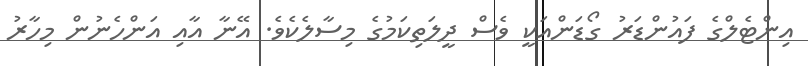
އިންޓެލްގެ ފައުންޑަރު ގޯޑަންއަކީ ވެސް ދީލަތިކަމުގެ މިސާލެކެވެ. އޭނާ އާއި އަންހެނުން މިހާރު